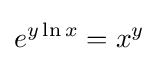
e^{y\ln x}=x^{y}